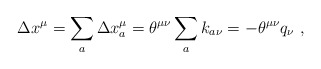
\begin{align*}\Delta x^{\mu} = \sum_a \Delta x_a^{\mu} = \theta^{\mu \nu} \sum_{a} k_{a \nu}= - \theta^{\mu \nu} q_{\nu} \ ,\end{align*}